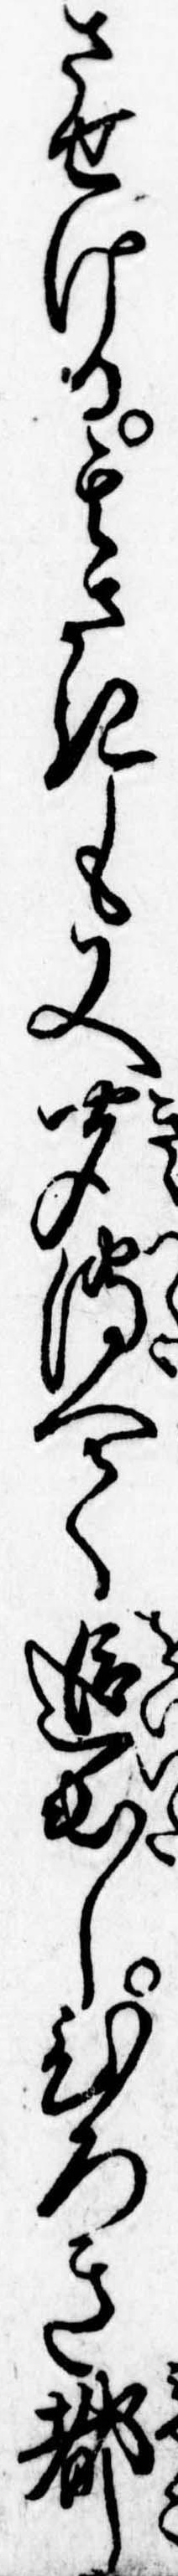
させける其さきも又聞伝へて追出しひろき都